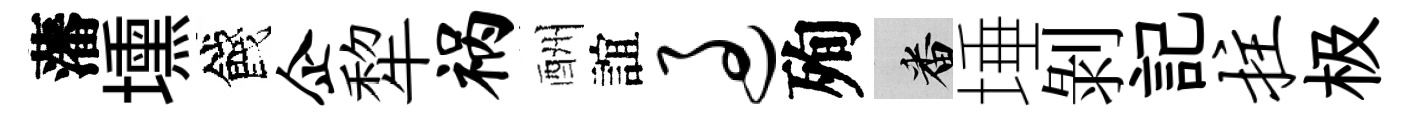
藩壎餞企犂祸酬誼过殉番埵剝記拄极